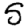
Digit: 5